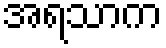
အရသာက